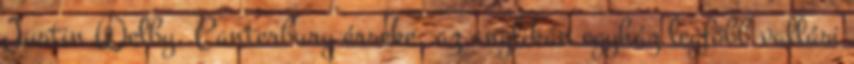
Justin Welby, Canterbury érseke, az anglikán egyház legfőbb vallási